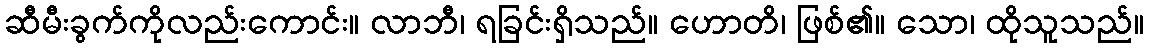
ဆီမီးခွက်ကိုလည်းကောင်း။ လာဘီ၊ ရခြင်းရှိသည်။ ဟောတိ၊ ဖြစ်၏။ သော၊ ထိုသူသည်။